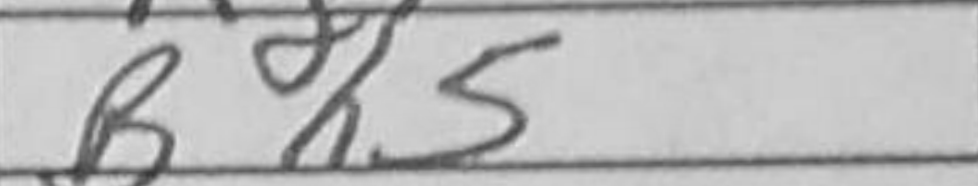
Transcription: Bh5